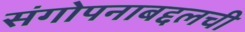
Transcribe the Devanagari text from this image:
संगोपनाबद्दलची